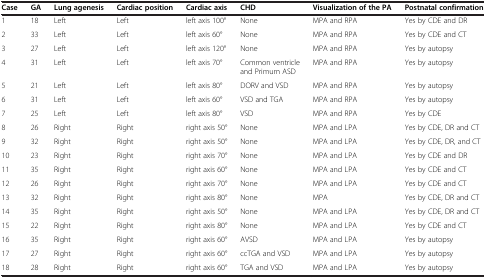
<table><thead><tr><td><b>Case</b></td><td><b>GA</b></td><td><b>Lung agenesis</b></td><td><b>Cardiac position</b></td><td><b>Cardiac axis</b></td><td><b>CHD</b></td><td><b>Visualization of the PA</b></td><td><b>Postnatal confirmation</b></td></tr></thead><tbody><tr><td>1</td><td>18</td><td>Left</td><td>Left</td><td>left axis 100°</td><td>None</td><td>MPA and RPA</td><td>Yes by CDE and DR</td></tr><tr><td>2</td><td>33</td><td>Left</td><td>Left</td><td>left axis 60°</td><td>None</td><td>MPA and RPA</td><td>Yes by CDE and CT</td></tr><tr><td>3</td><td>27</td><td>Left</td><td>Left</td><td>left axis 120°</td><td>None</td><td>MPA and RPA</td><td>Yes by autopsy</td></tr><tr><td>4</td><td>31</td><td>Left</td><td>Left</td><td>left axis 70°</td><td>Common ventricle and Primum ASD</td><td>MPA and RPA</td><td>Yes by autopsy</td></tr><tr><td>5</td><td>21</td><td>Left</td><td>Left</td><td>left axis 80°</td><td>DORV and VSD</td><td>MPA and RPA</td><td>Yes by autopsy</td></tr><tr><td>6</td><td>31</td><td>Left</td><td>Left</td><td>left axis 60°</td><td>VSD and TGA</td><td>MPA and RPA</td><td>Yes by autopsy</td></tr><tr><td>7</td><td>25</td><td>Left</td><td>Left</td><td>left axis 80°</td><td>VSD</td><td>MPA and RPA</td><td>Yes by CDE</td></tr><tr><td>8</td><td>26</td><td>Right</td><td>Right</td><td>right axis 50°</td><td>None</td><td>MPA and LPA</td><td>Yes by CDE, DR and CT</td></tr><tr><td>9</td><td>32</td><td>Right</td><td>Right</td><td>right axis 50°</td><td>None</td><td>MPA and LPA</td><td>Yes by CDE, DR, and CT</td></tr><tr><td>10</td><td>23</td><td>Right</td><td>Right</td><td>right axis 70°</td><td>None</td><td>MPA and LPA</td><td>Yes by CDE and DR</td></tr><tr><td>11</td><td>35</td><td>Right</td><td>Right</td><td>right axis 60°</td><td>None</td><td>MPA and LPA</td><td>Yes by CDE and CT</td></tr><tr><td>12</td><td>26</td><td>Right</td><td>Right</td><td>right axis 70°</td><td>None</td><td>MPA and LPA</td><td>Yes by CDE and CT</td></tr><tr><td>13</td><td>32</td><td>Right</td><td>Right</td><td>right axis 80°</td><td>None</td><td>MPA</td><td>Yes by CDE, DR and CT</td></tr><tr><td>14</td><td>35</td><td>Right</td><td>Right</td><td>right axis 50°</td><td>None</td><td>MPA and LPA</td><td>Yes by CDE, DR and CT</td></tr><tr><td>15</td><td>22</td><td>Right</td><td>Right</td><td>right axis 80°</td><td>None</td><td>MPA and LPA</td><td>Yes by CDE and CT</td></tr><tr><td>16</td><td>35</td><td>Right</td><td>Right</td><td>right axis 60°</td><td>AVSD</td><td>MPA and LPA</td><td>Yes by autopsy</td></tr><tr><td>17</td><td>27</td><td>Right</td><td>Right</td><td>right axis 60°</td><td>ccTGA and VSD</td><td>MPA and LPA</td><td>Yes by autopsy</td></tr><tr><td>18</td><td>28</td><td>Right</td><td>Right</td><td>right axis 60°</td><td>TGA and VSD</td><td>MPA and LPA</td><td>Yes by autopsy</td></tr></tbody></table>